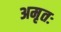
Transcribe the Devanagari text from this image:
अमृतः